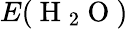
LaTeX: E(\mathrm{~H~}_{2}\mathrm{~O~})